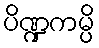
ပိဏ္ဍကမ္ပိ